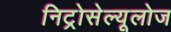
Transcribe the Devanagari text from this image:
निट्रोसेल्यूलोज